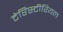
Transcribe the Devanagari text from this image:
टेरिस्टीरियल